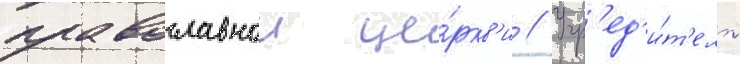
православнои це́ркв'и // Учр'ед'и́т'ель